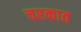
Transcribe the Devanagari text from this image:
चरकात